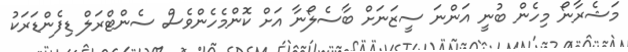
މަޝެރާނޯ މިހެން ބުނީ އަންނަ ސީޒަނަށް ބާސެލޯނާ އަށް ކޮންމެހެންވެސް ސެންޓްރަލް ޑިފެންޑަރަކު